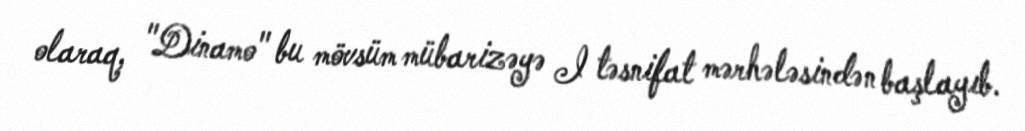
olaraq, "Dinamo" bu mövsüm mübarizəyə I təsnifat mərhələsindən başlayıb.